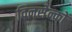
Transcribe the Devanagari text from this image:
विनसेन्को